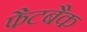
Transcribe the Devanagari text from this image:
फैटबैक